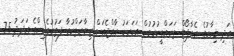
އަދި މިހާރުގެ އެއާޕޯޓް ތަރައްގީކުރުމުން އަހަރަކު ރާއްޖެއަށް ޒިޔާރަތްކުރާ ފަތުރުވެރިންގެ އަދަދު 7.5